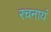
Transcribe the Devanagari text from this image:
रचनायं